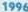
1996